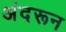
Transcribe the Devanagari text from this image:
अंदरून